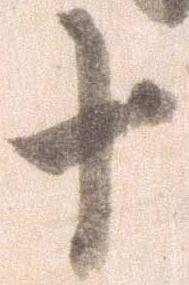
十